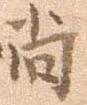
尚